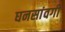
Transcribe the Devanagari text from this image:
घनसांवगी